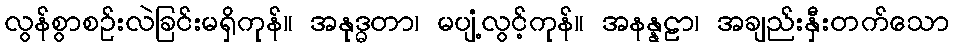
လွန်စွာစဉ်းလဲခြင်းမရှိကုန်။ အနုဒ္ဓတာ၊ မပျံ့လွင့်ကုန်။ အနန္နဠာ၊ အချည်းနှီးတက်သော